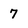
Character: 7